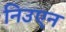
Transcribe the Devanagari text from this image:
निउएन